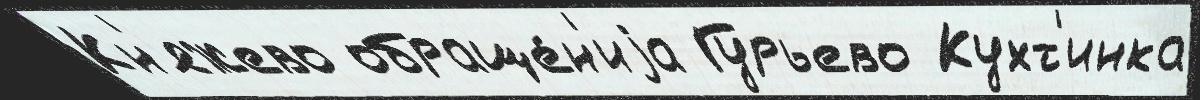
Кн'яжево обраще́н'иjа Гурьево Кухт'инка